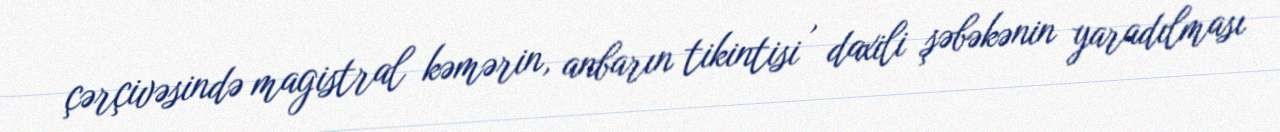
çərçivəsində magistral kəmərin, anbarın tikintisi , daxili şəbəkənin yaradılması